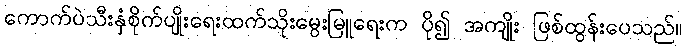
ကောက်ပဲသီးနှံစိုက်ပျိုးရေးထက်သိုးမွေးမြူရေးက ပို၍ အကျိုး ဖြစ်ထွန်းပေသည်။